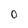
Character: 0